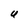
Character: U